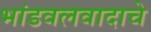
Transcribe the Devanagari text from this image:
भांडवलवादाचे